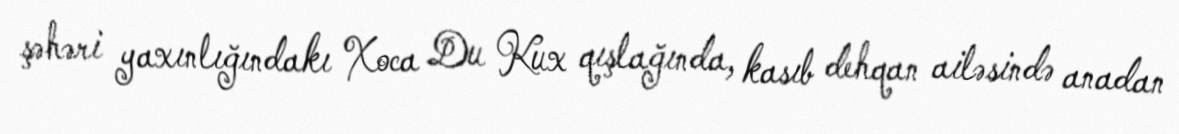
şəhəri yaxınlığındakı Xoca Du Kux qışlağında, kasıb dehqan ailəsində anadan